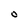
Character: O